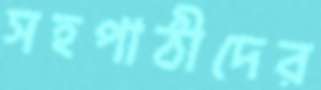
সহপাঠীদের